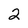
Character: 2